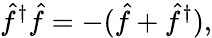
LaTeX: \hat{f}^{\dagger}\hat{f}=-(\hat{f}+\hat{f}^{\dagger}),